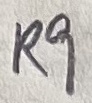
Text: R9